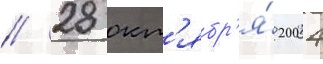
// 28 окт'ябр'я́ 2004